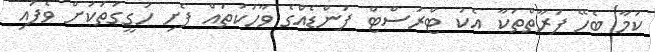
ކަމާ ބެހޭ ފަރާތްތަކާ އެކު ޓްރަސްޓް ފަންޑެއްގެ ވާހަކަތައް ފެށި ހަގީގަތަކަށް ވެފައި